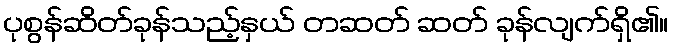
ပုစွန်ဆိတ်ခုန်သည့်နှယ် တဆတ် ဆတ် ခုန်လျက်ရှိ၏။